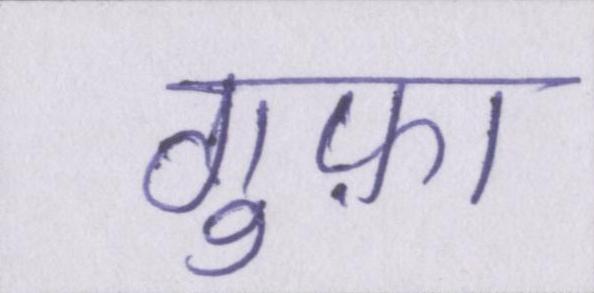
गुफ़ा